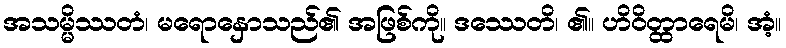
အသမ္မိဿတံ၊ မရောနှောသည်၏ အဖြစ်ကို။ ဒဿေတိ၊ ၏။ ဟိဝိတ္ထာရေမိ၊ အံ့။